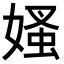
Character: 𡠁